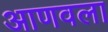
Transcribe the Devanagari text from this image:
आणवला